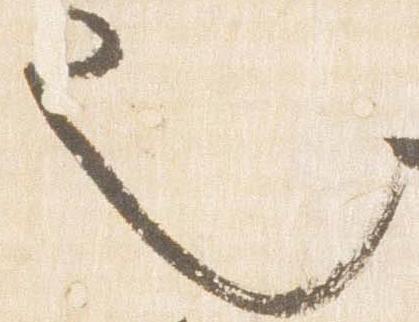
也